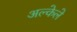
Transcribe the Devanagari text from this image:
अल्केले